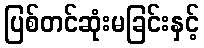
ပြစ်တင်ဆုံးမခြင်းနှင့်